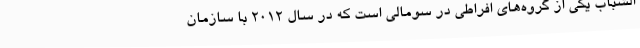
الشباب یکی از گروه‌های افراطی در سومالی است که در سال 2012 با سازمان